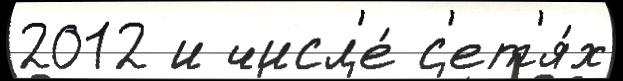
2012 и числ'е́ с'ет'я́х